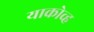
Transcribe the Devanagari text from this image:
याकोव्ह